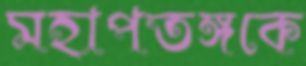
মহাপতঙ্গকে